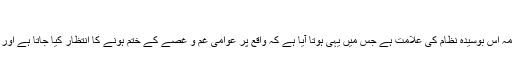
'
ان کا کہنا تھا کہ 'صلاح الدین کا مقدمہ اس بوسیدہ نظام کی علامت ہے جس میں یہی ہوتا آیا ہے کہ واقع پر عوامی غم و غصے کے ختم ہونے کا انتظار کیا جاتا ہے اور پھر معاملہ رفع دفع کر دیا جاتا ہے۔